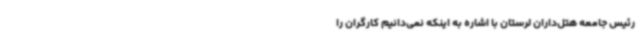
رئیس جامعه هتل‌داران لرستان با اشاره به اینکه نمی‌دانیم کارگران را